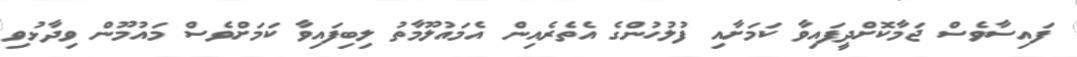
ފައިސާވެސް ޖަމާކޮށްދީފައިވާ ކަމަށާއި ފުލުހުންގެ އެތެރެއިން އެމައުލޫމާތު ލިބިފައިވާ ކަމަށްވެސް މައުމޫން ވިދާޅުވި